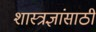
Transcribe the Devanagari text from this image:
शास्त्रज्ञांसाठी